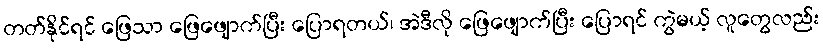
တတ်နိုင်ရင် ဖြေသာ ဖြေဖျောက်ပြီး ပြောရတယ်၊ အဲဒီလို ဖြေဖျောက်ပြီး ပြောရင် ကွဲမယ့် လူတွေလည်း